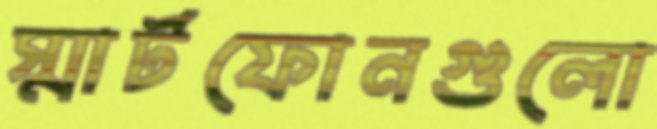
স্মার্টফোনগুলো